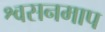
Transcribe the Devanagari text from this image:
श्वसनमाप